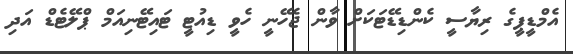
އެމްޑީޕީގެ ރިޔާސީ ކެންޑިޑޭޓަކަށް ވާން ޖެހޭނީ ހެވީ ޑިއުޓީ ޓައިޓޭނިއަމް ޕްލޭޓެޑް އަދި